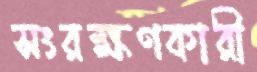
সংরক্ষণকারী